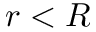
r < R